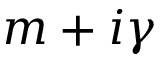
m + i \gamma